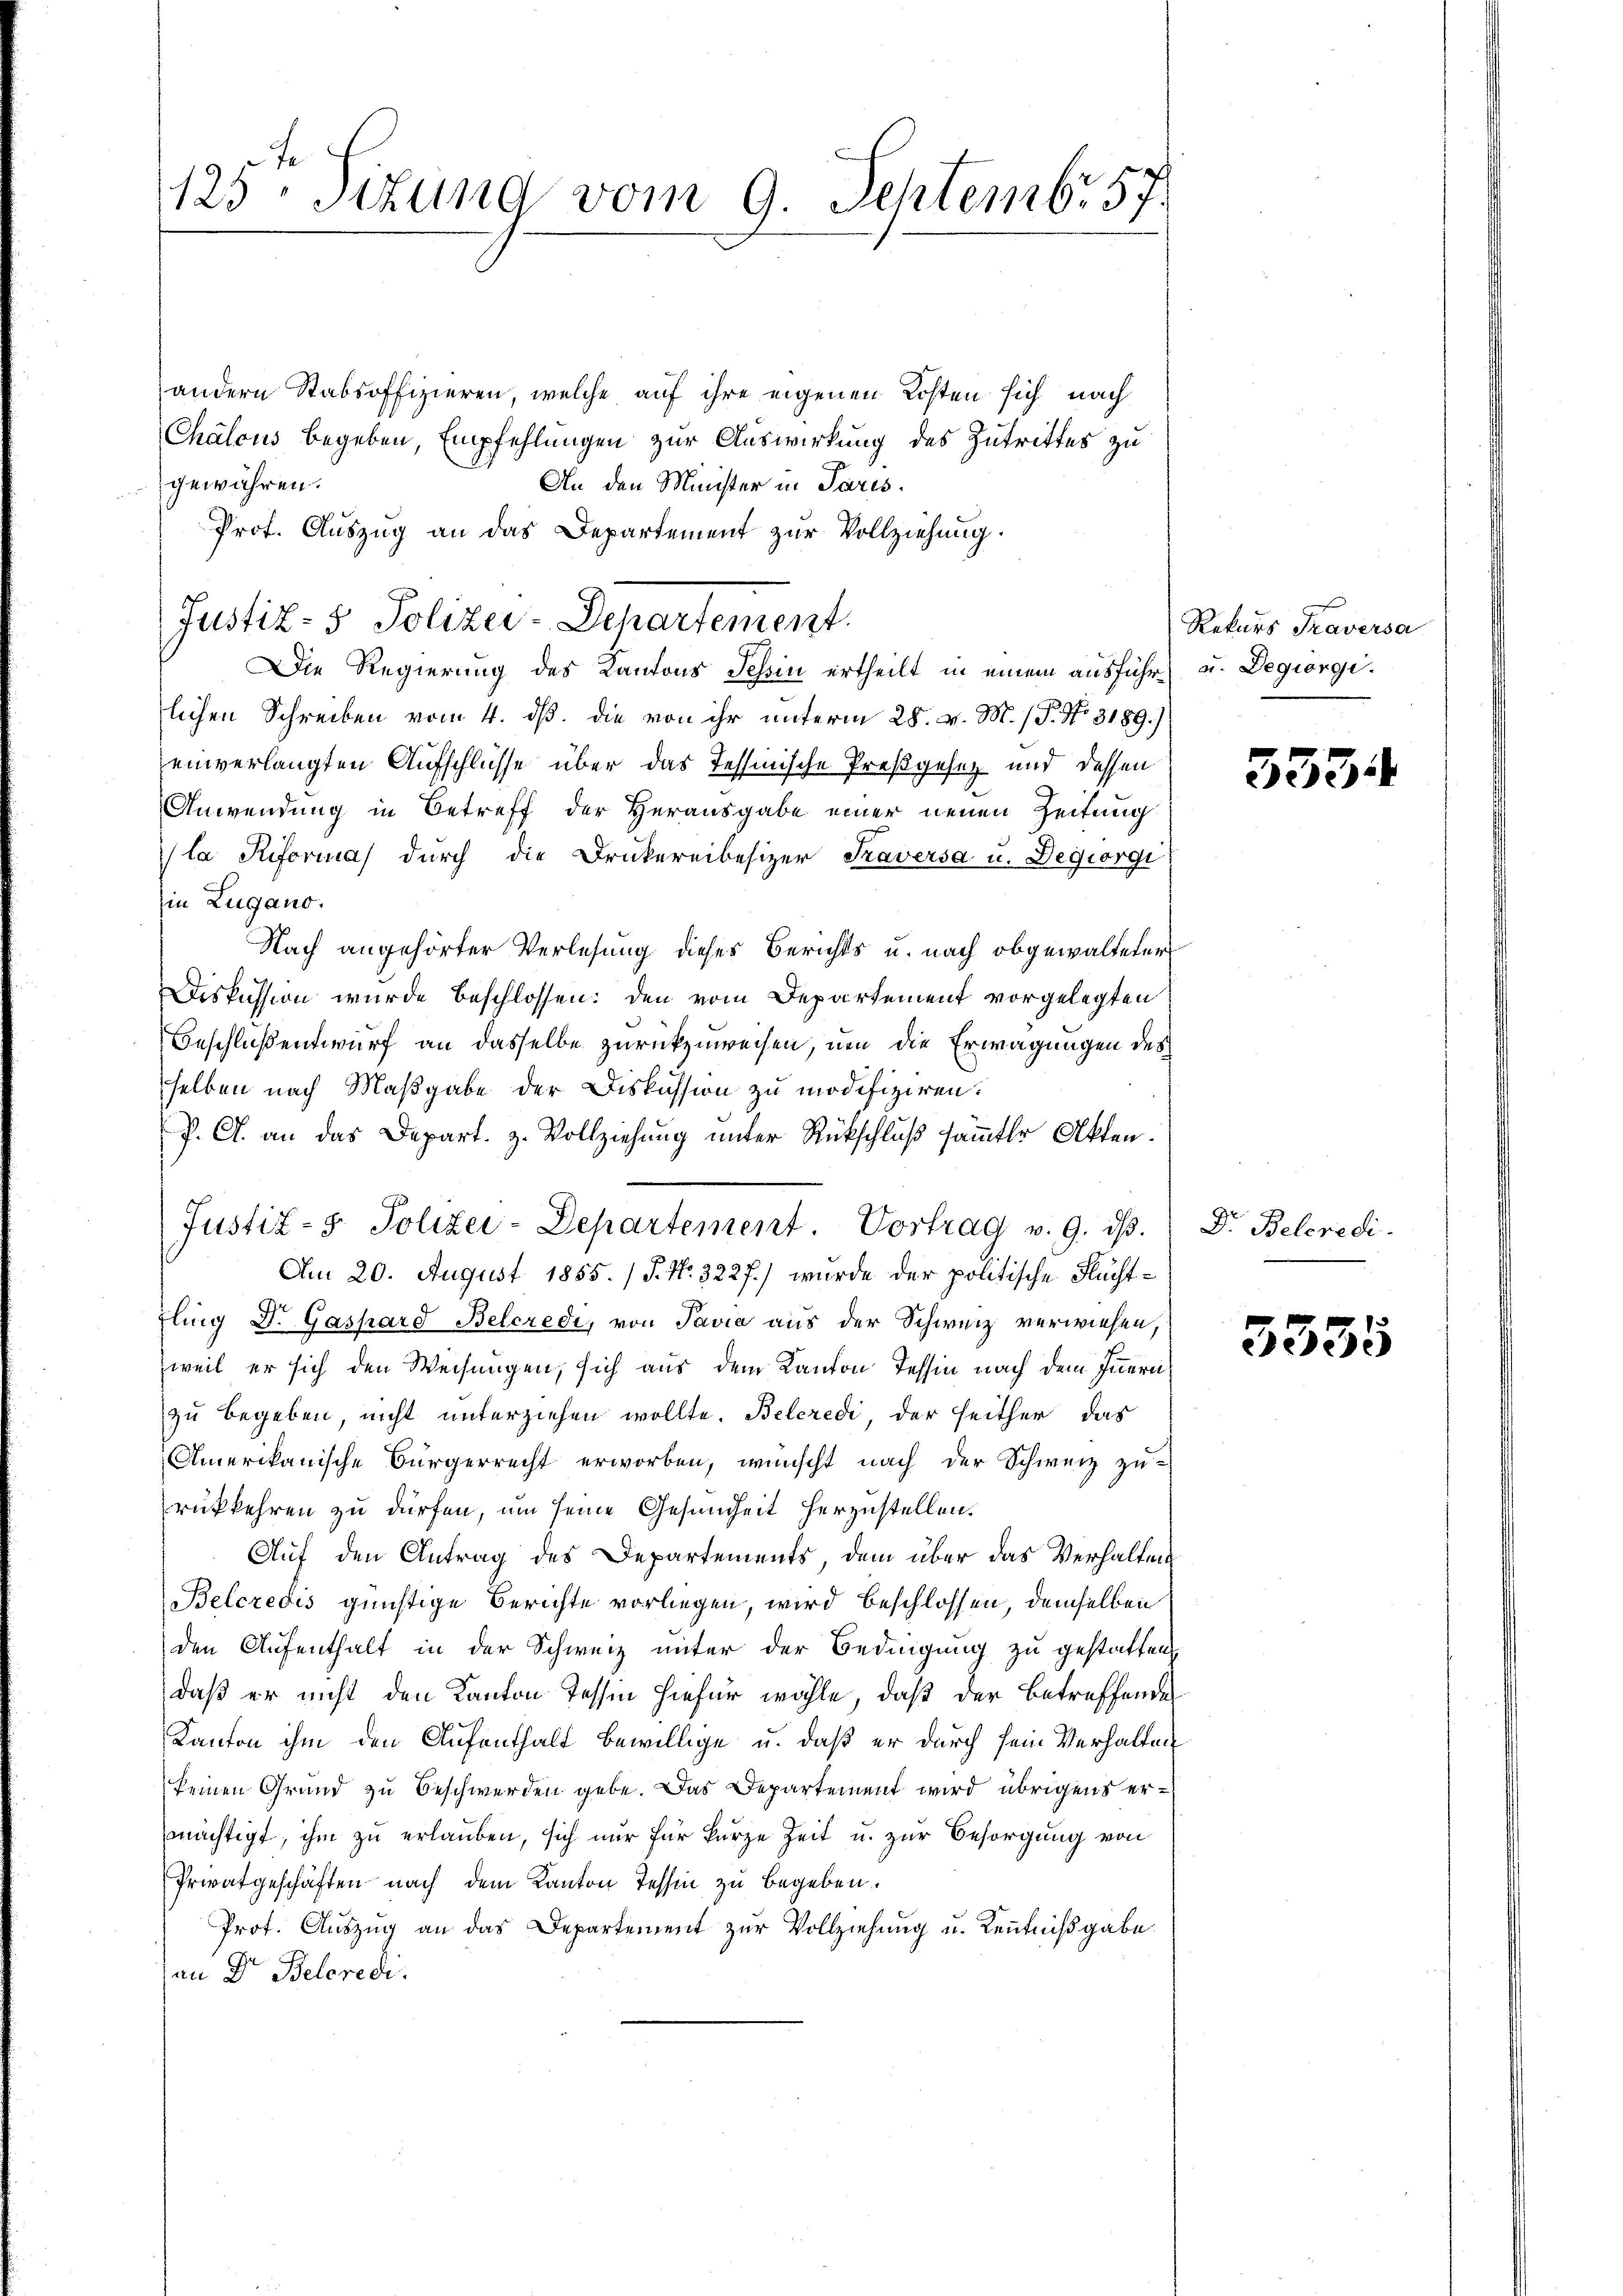
1125. Sitzung vom 9. Septembr. 57.

andern Stabsoffizieren, welche auf ihre eigenen Kosten sich nach
Chalous begeben, Empfehlungen zur Auswirkung des Zutrittes zu
gewähren.
An den Minister in Paris.
Prof. Auszug an das Departement zur Vollziehung.
Die Regierung des Kantons Schin ertheilt in einem ausführt u. Degiorgilichen Schreiben vom 4. dß. die von ihr unterm 25. v. M. / P. No. 3189.)
einverlangten Aufschlüsse über das Tessinische Preßgesetz und dessen
Anwendung in Betreff der Herausgabe einer neuen Zeitung
la Reformal durch die Druckereibesizer Traversa u. Degiorgi
Ein Zugano.
Nach angehörter Verlesung dieses Berichts u. nach obgewalteter
Diskussion wurde beschlossen: den vom Departement vorgelegten
Beschlußentwurf an dasselbe zurückzuweisen, nen die Erwägungen des
selben nach Maßgabe der Diskussion zu modifiziren.
P. C. an das Depart. z. Vollziehung unter Rückschluß sämmtler Akten.
Am 20. August 1855. /S. Nr. 322 f.) wurde der politische Flächtfling Dr. Gaspard Belcredi, von Pavia aus der Schweiz verwiesen,
weil er sich den Weisungen, sich aus dem Kanton Tessin nach dem Innern
zu begeben, nicht unterziehen wollte. Beleredi der seither das
Amerikanische Bürgerrecht erworben, wünscht nach der Schweiz zu-
rükkehren zu dürfen, um seine Gesundheit herzustellen.
Auf den Antrag des Departements, dem über das Verhaltung
Belcredis günstige Berichte vorliegen, wird beschlossen, demselben
den Aufenthalt in der Schweiz unter der Bedingung zu gestatten,
daß er nicht den Kanton Tessin hiefür wähle, daß der Betreffende
Kanton ihm den Aufenthalt bewillige u. daß er durch sein Verhalten
keinen Grund zu Beschwerden gebe. Das Departement wird übrigens ermächtigt, ihm zu erlauben, sich nur für kurze Zeit u. zur Besorgung von
Privatgeschäften nach dem Kanton Tessin zu begeben.
Prof. Auszug an das Departement zur Vollziehung u. Kenntnißgabe
an Dr. Belerede.

Justiz- & Polizei-Departement

Justiz- & Polizei-Departement. Vortrag v. 9. ds.

Rekurs Traversa

333.

Dr. Belcredi

3355